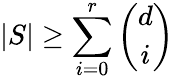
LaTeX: |S|\geq\sum_{i=0}^{r}{\binom{d}{i}}